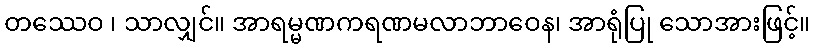
တဿေဝ ၊ သာလျှင်။ အာရမ္မဏကရဏမလာဘာဝေန၊ အာရုံပြု သောအားဖြင့်။